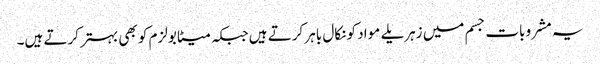
یہ مشروبات جسم میں زہریلے مواد کو نکال باہر کرتے ہیں جبکہ میٹابولزم کو بھی بہتر کرتے ہیں۔